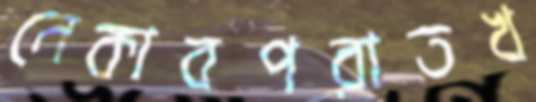
নেকাবপরাতখ